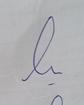
Signature authenticity: genuine